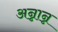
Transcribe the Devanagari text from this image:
अन्नान्न